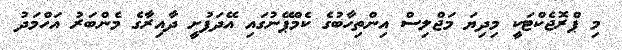
މި ޕްރޮޖެކްޓަކީ މިދިޔަ މަޖްލިސް އިންތިހާބުގެ ކެމްޕޭނުގައި އޭދަފުށީ ދާއިރާގެ މެންބަރު އަހްމަދު